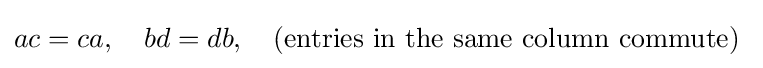
ac=ca,~~~bd=db,~~~{\text{(entries in the same column commute) }}